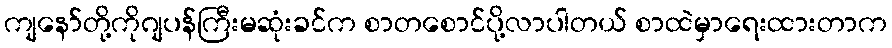
ကျနော်တို့ကိုဂျပန်ကြီးမဆုံးခင်က စာတစောင်ပို့လာပါတယ် စာထဲမှာရေးထားတာက